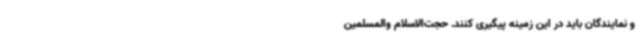
و نمایندگان باید در این زمینه پیگیری کنند. حجت‌الاسلام والمسلمین